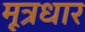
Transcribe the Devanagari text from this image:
मूत्रधार